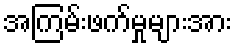
အကြမ်းဖက်မှုများအား